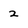
Character: 2